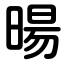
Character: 暘